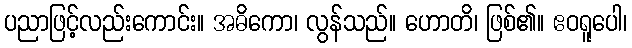
ပညာဖြင့်လည်းကောင်း။ အဓိကော၊ လွန်သည်။ ဟောတိ၊ ဖြစ်၏။ ဧဝရူပေါ၊